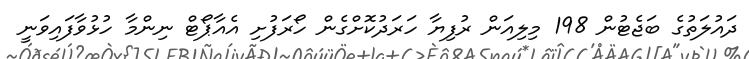
ދައުލަތުގެ ބަޖެޓުން 198 މިލިއަން ރުފިޔާ ހަރަދުކޮށްގެން ހޯރަފުށި އެއާޕޯޓް ނިންމާ ހުޅުވާފައިވަނީ